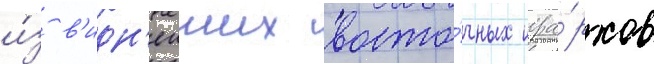
и́з в'идн'еиших восто́чных иера́рхов